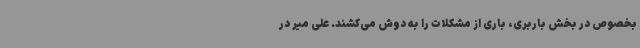
بخصوص در بخش باربری، باری از مشکلات را به دوش می‌کشند. علی میر در